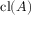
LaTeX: \operatorname { c l } ( A )